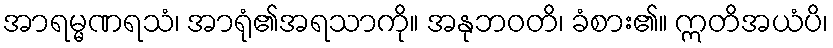
အာရမ္မဏရသံ၊ အာရုံ၏အရသာကို။ အနုဘဝတိ၊ ခံစား၏။ ဣတိအယံပိ၊